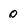
Character: 0